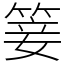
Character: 䈉